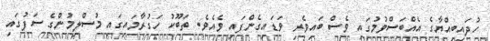
ހުދައިބިއްޔާގެ އެއްބަސްވުމުގައި ވެސް ބައިވެރި ވަޑައިގެންފައި ވެއެވެ. ތަބޫކު ހަގުރާމަައިގައި މުސްލިމުންގެ ސަފުގައި